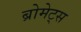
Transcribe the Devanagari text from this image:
ब्रोमेट्स